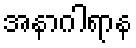
အနာဂါရာန